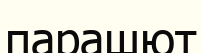
парашют